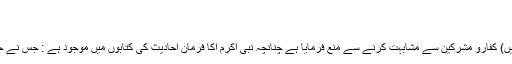
بخاری، مسلم
تیرہواں باب : لباس میں کفار ومشرکین سے مشابہت :
نبی اکرم انے عمومی طور پر (یعنی لباس اور غیر لباس میں) کفارو مشرکین سے مشابہت کرنے سے منع فرمایا ہے چنانچہ نبی اکرم اکا فرمان احادیث کی کتابوں میں موجود ہے : جس نے جس قوم سے مشابہت اختیار کی وہ ان میں سے ہوجائے گا۔